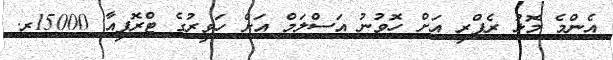
އެންމެ މޮޅު ރެފްރީ އަށް ހޮވުނު އަސްލަމް އަށް ހަވީރުގެ ޓްރޮފީއާ 15000ރ.